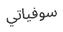
سوفياتي